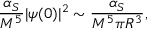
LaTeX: { \frac { \alpha _ { S } } { M ^ { 5 } } } | \psi ( 0 ) | ^ { 2 } \sim { \frac { \alpha _ { S } } { M ^ { 5 } \pi R ^ { 3 } } } ,